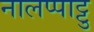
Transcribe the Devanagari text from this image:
नालप्पाट्टु